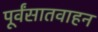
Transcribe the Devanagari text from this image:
पूर्वंसातवाहन